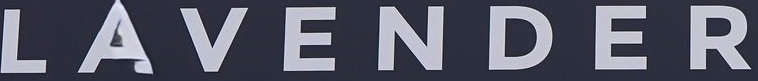
L A V E N D E R